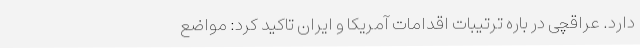
دارد. عراقچی در باره ترتیبات اقدامات آمریکا و ایران تاکید کرد: مواضع